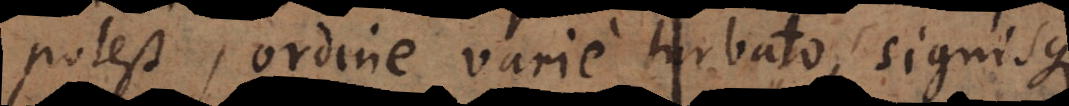
potest, ordine varie turbato, signisque